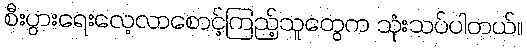
စီးပွားရေးလေ့လာစောင့်ကြည့်သူတွေက သုံးသပ်ပါတယ်။